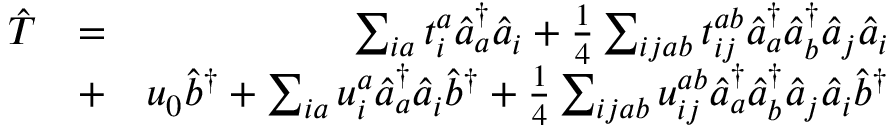
\begin{array} { r l r } { \hat { T } } & { = } & { \sum _ { i a } t _ { i } ^ { a } \hat { a } _ { a } ^ { \dagger } \hat { a } _ { i } + \frac { 1 } { 4 } \sum _ { i j a b } t _ { i j } ^ { a b } \hat { a } _ { a } ^ { \dagger } \hat { a } _ { b } ^ { \dagger } \hat { a } _ { j } \hat { a } _ { i } } \\ & { + } & { u _ { 0 } \hat { b } ^ { \dagger } + \sum _ { i a } u _ { i } ^ { a } \hat { a } _ { a } ^ { \dagger } \hat { a } _ { i } \hat { b } ^ { \dagger } + \frac { 1 } { 4 } \sum _ { i j a b } u _ { i j } ^ { a b } \hat { a } _ { a } ^ { \dagger } \hat { a } _ { b } ^ { \dagger } \hat { a } _ { j } \hat { a } _ { i } \hat { b } ^ { \dagger } } \end{array}